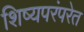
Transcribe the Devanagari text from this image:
शिष्यपरंपरेत